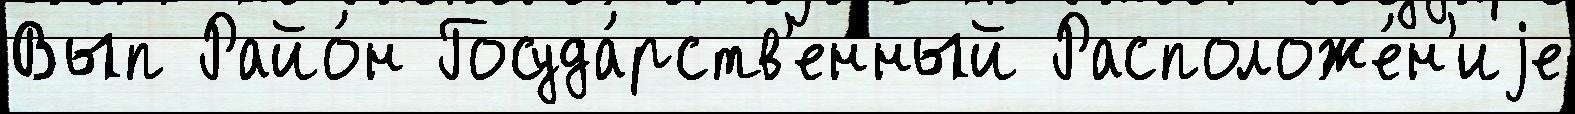
Вып Райо́н Госуда́рств'енный Расположе́н'иjе